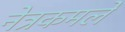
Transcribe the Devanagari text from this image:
नेत्रकमले